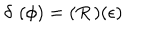
\delta \, \, ( \phi ) = ( R \, ) ( \epsilon )